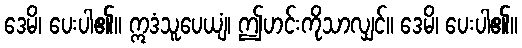
ဒေမိ၊ ပေးပါ၏။ ဣဒံသူပေယျံ၊ ဤဟင်းကိုသာလျှင်။ ဒေမိ၊ ပေးပါ၏။